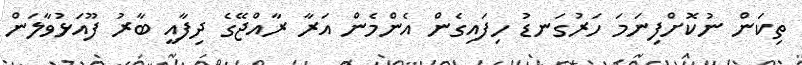
ތިކަން ނުކޮށްފިނަމަ ހަރުގަނޑު ހިފައިގެން އެންމެން އަރާ ރާއްޖޭގެ ދިފާއީ ބާރު ފޫއަޅުވާލަން